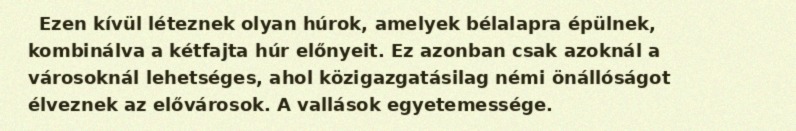
Ezen kívül léteznek olyan húrok, amelyek bélalapra épülnek, kombinálva a kétfajta húr előnyeit. Ez azonban csak azoknál a városoknál lehetséges, ahol közigazgatásilag némi önállóságot élveznek az elővárosok. A vallások egyetemessége.